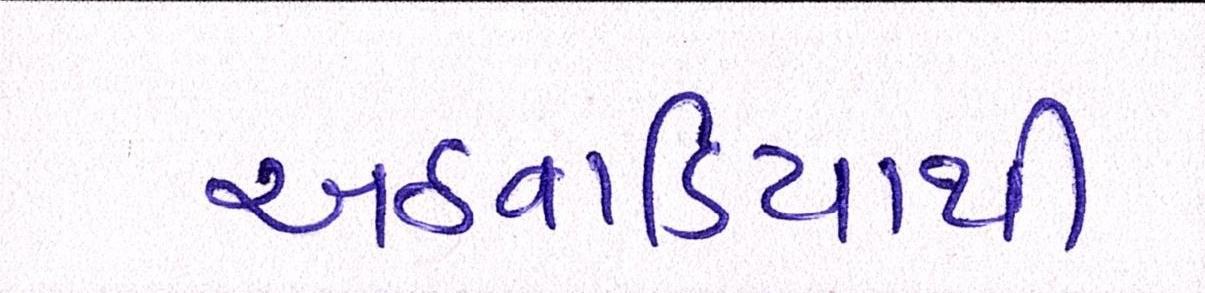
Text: અઠવાડિયાથી